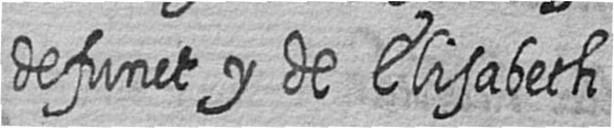
defunct y de Elisabeth